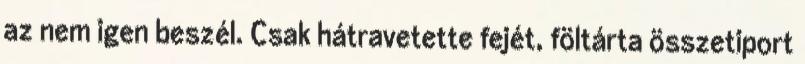
az nem igen beszél. Csak hátravetette fejét, föltárta összetiport